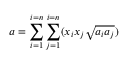
a = \sum _ { i = 1 } ^ { i = n } \sum _ { j = 1 } ^ { i = n } ( x _ { i } x _ { j } { \sqrt { a _ { i } a _ { j } } } )